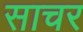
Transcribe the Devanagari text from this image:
साचर